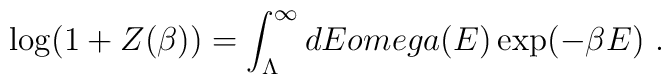
\log( 1 + Z(\beta) ) = \int_{\Lambda}^\infty dE \\omega (E) \exp(-\beta E) \ .